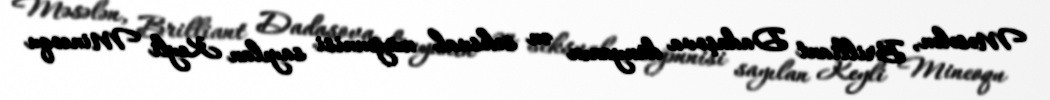
Məsələn, Brilliant Dadaşova dünyanın ən seksual müğənnisi sayılan Keyli Mineoqu